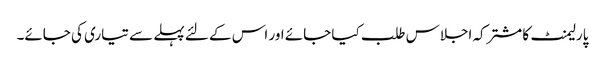
پارلیمنٹ کا مشترکہ اجلاس طلب کیا جائے اور اس کے لئے پہلے سے تیاری کی جائے۔